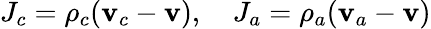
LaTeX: J_{c}=\rho_{c}(\mathbf{v}_{c}-\mathbf{v}),\quad J_{a}=\rho_{a}(\mathbf{v}_{a}-\mathbf{v})